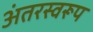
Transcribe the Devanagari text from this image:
अंतरस्वरूप